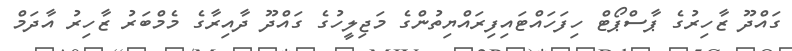
ގައްދޫ ޒާހިރުގެ ޕާސްޕޯޓް ހިފަހައްޓައިފިރައްޔިތުންގެ މަޖިލީހުގެ ގައްދޫ ދާއިރާގެ މެމްބަރު ޒާހިރު އާދަމް